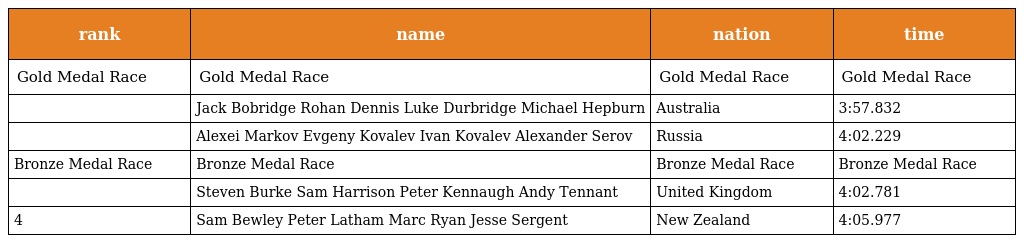
| rank | name | nation | time |
 | --- | --- | --- | --- |
 | Gold Medal Race | Gold Medal Race | Gold Medal Race | Gold Medal Race |
 |  | Jack Bobridge Rohan Dennis Luke Durbridge Michael Hepburn | Australia | 3:57.832 |
 |  | Alexei Markov Evgeny Kovalev Ivan Kovalev Alexander Serov | Russia | 4:02.229 |
 | Bronze Medal Race | Bronze Medal Race | Bronze Medal Race | Bronze Medal Race |
 |  | Steven Burke Sam Harrison Peter Kennaugh Andy Tennant | United Kingdom | 4:02.781 |
 | 4 | Sam Bewley Peter Latham Marc Ryan Jesse Sergent | New Zealand | 4:05.977 |